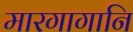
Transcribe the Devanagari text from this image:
मारगागानि